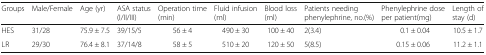
<table><thead><tr><td><b>Groups</b></td><td><b>Male/Female</b></td><td><b>Age (yr)</b></td><td><b>ASA status (I/II/III)</b></td><td><b>Operation time (min)</b></td><td><b>Fluid infusion (ml)</b></td><td><b>Blood loss (ml)</b></td><td><b>Patients needing phenylephrine, no.(%)</b></td><td><b>Phenylephrine dose per patient(mg)</b></td><td><b>Length of stay (d)</b></td></tr></thead><tbody><tr><td>HES</td><td>31/28</td><td>75.9 ± 7.5</td><td>39/15/5</td><td>56 ± 4</td><td>490 ± 30</td><td>100 ± 40</td><td>2(3.4)</td><td>0.1 ± 0.04</td><td>10.5 ± 1.7</td></tr><tr><td>LR</td><td>29/30</td><td>76.4 ± 8.1</td><td>37/14/8</td><td>58 ± 5</td><td>510 ± 20</td><td>120 ± 50</td><td>5(8.5)</td><td>0.15 ± 0.06</td><td>11.2 ± 1.1</td></tr></tbody></table>